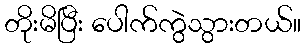
တိုးမိပြီး ပေါက်ကွဲသွားတယ်။